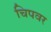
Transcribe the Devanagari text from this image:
चिपवर